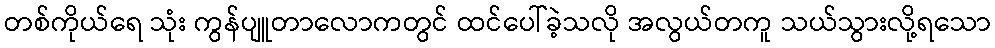
တစ်ကိုယ်ရေ သုံး ကွန်ပျူတာလောကတွင် ထင်ပေါ်ခဲ့သလို အလွယ်တကူ သယ်သွားလို့ရသော